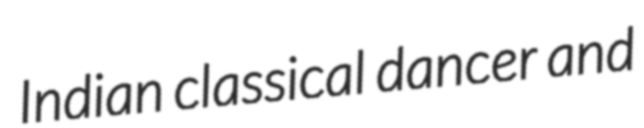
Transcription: Indian classical dancer and